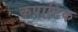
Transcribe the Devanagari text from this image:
कपाटिक